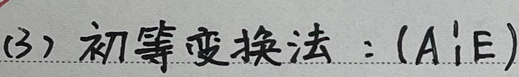
(3) 初等变换法：$(A|E)$